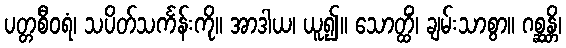
ပတ္တစီဝရံ၊ သပိတ်သင်္ကန်းကို။ အာဒါယ၊ ယူ၍။ သောတ္ထိံ၊ ချမ်းသာစွာ။ ဂစ္ဆန္တိ၊